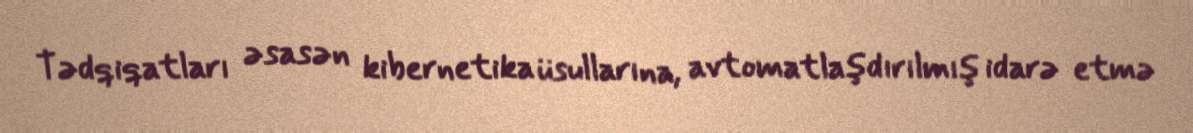
Tədqiqatları əsasən kibernetika üsullarına, avtomatlaşdırılmış idarə etmə